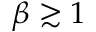
\beta \gtrsim { 1 }